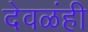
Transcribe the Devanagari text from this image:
देवळंही